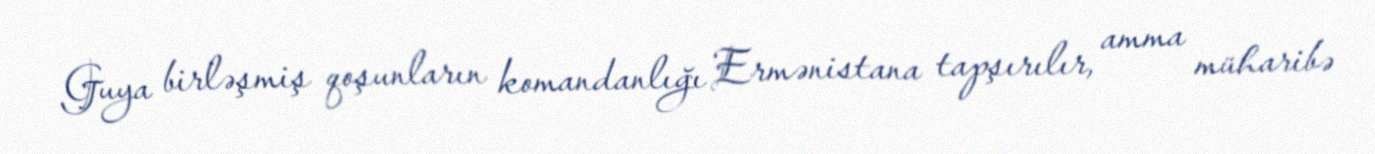
Guya birləşmiş qoşunların komandanlığı Ermənistana tapşırılır, amma müharibə